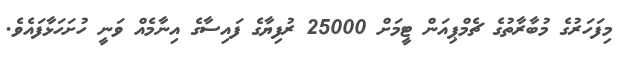
މިފަހަރުގެ މުބާރާތުގެ ޗެމްޕިއަން ޓީމަށް 25000 ރުފިޔާގެ ފައިސާގެ އިނާމެއް ވަނީ ހުށަހަޅާފައެވެ.